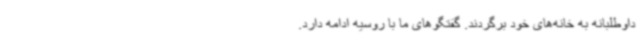
داوطلبانه به خانه‌های خود برگردند. گفتگوهای ما با روسیه ادامه دارد.